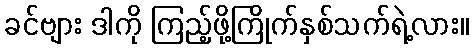
ခင်ဗျား ဒါကို ကြည့်ဖို့ကြိုက်နှစ်သက်ရဲ့လား။